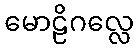
မောဠိဂလ္လေ